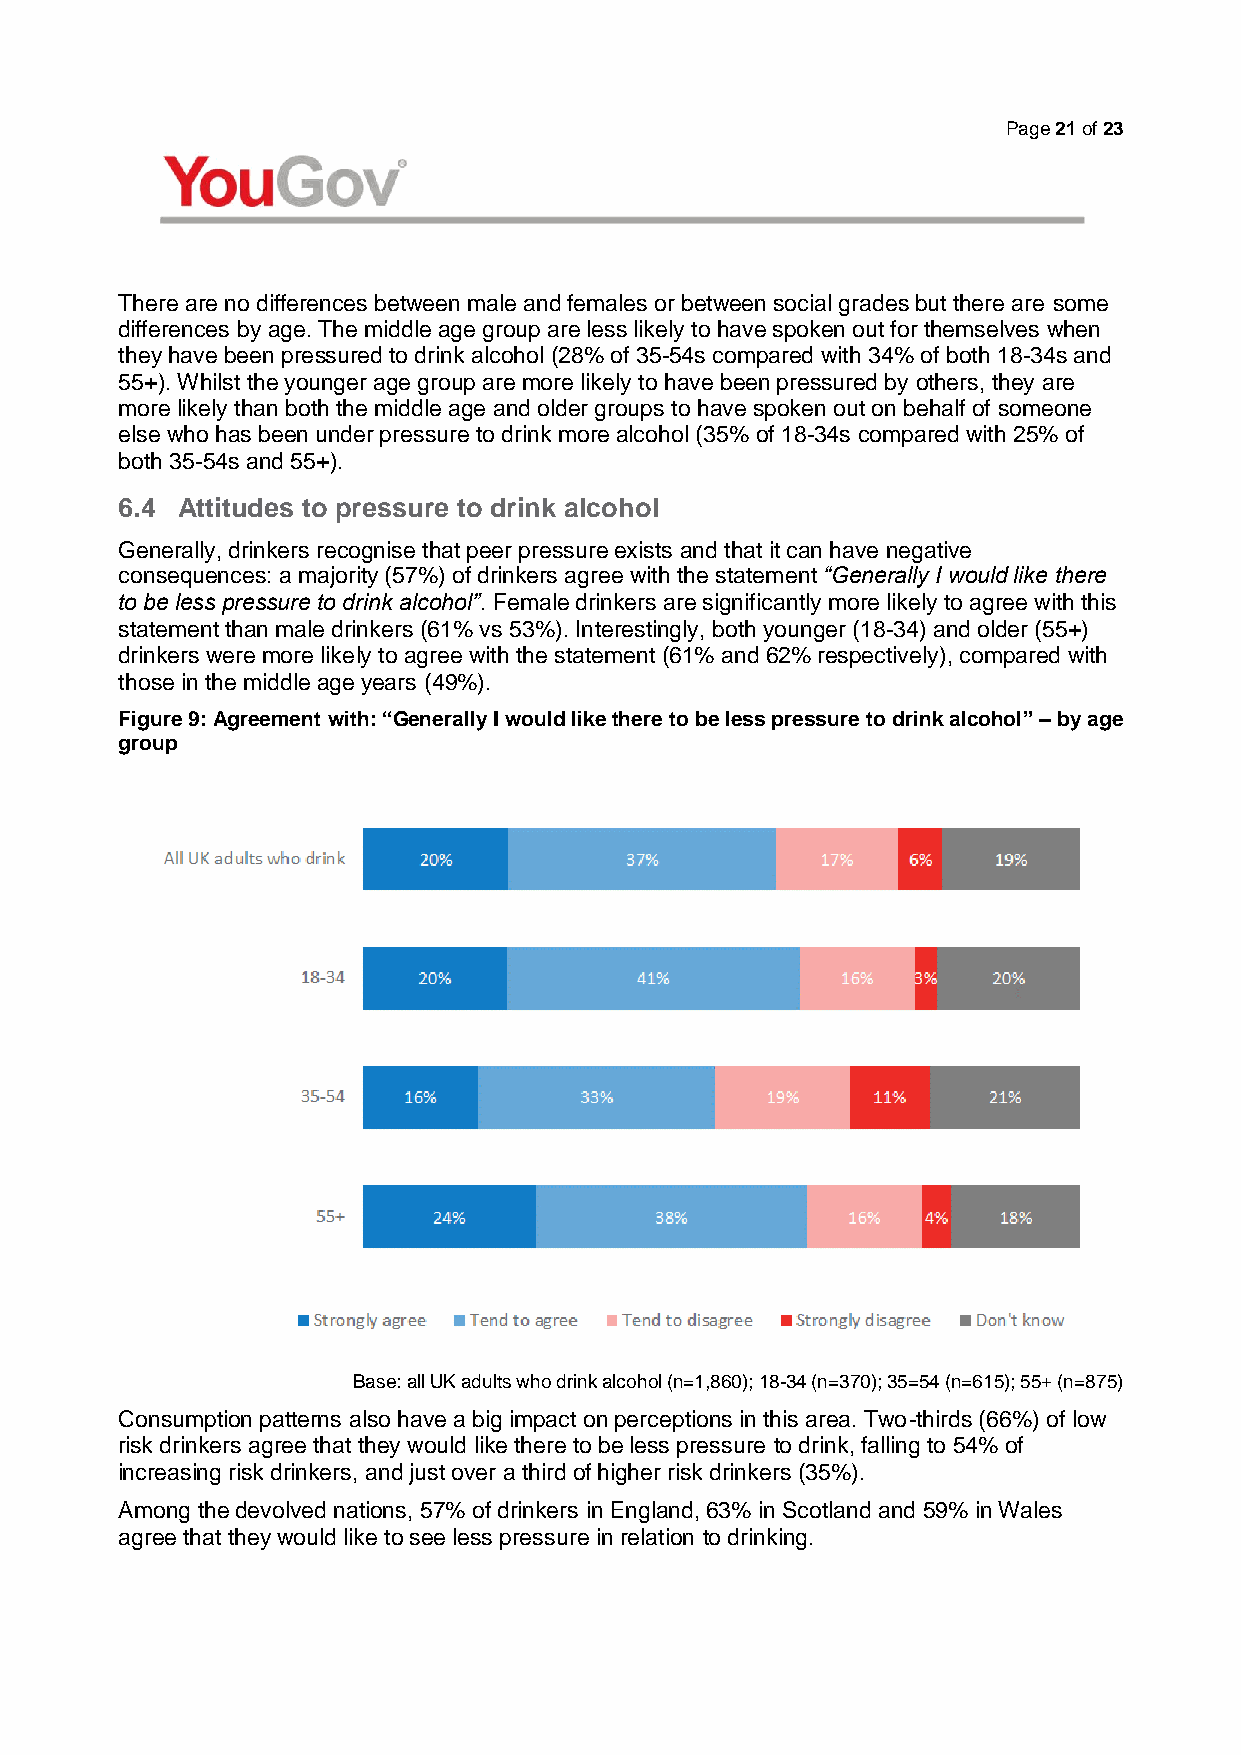
Page 21 of 23
 There are no differences between male and females or between social grades but there are some
 differences by age. The middle age group are less likely to have spoken out for themselves when
 they have been pressured to drink alcohol (28% of 35-54s compared with 34% of both 18-34s and
 55+). Whilst the younger age group are more likely to have been pressured by others, they are
 more likely than both the middle age and older groups to have spoken out on behalf of someone
 else who has been under pressure to drink more alcohol (35% of 18-34s compared with 25% of
 both 35-54s and 55+).
 6.4 Attitudes to pressure to drink alcohol
 Generally, drinkers recognise that peer pressure exists and that it can have negative
 consequences: a majority (57%) of drinkers agree with the statement “Generally I would like there
 to be less pressure to drink alcohol”. Female drinkers are significantly more likely to agree with this
 statement than male drinkers (61% vs 53%). Interestingly, both younger (18-34) and older (55+)
 drinkers were more likely to agree with the statement (61% and 62% respectively), compared with
 those in the middle age years (49%).
 Figure 9: Agreement with: “Generally I would like there to be less pressure to drink alcohol” – by age
 group
 Base: all UK adults who drink alcohol (n=1,860); 18-34 (n=370); 35=54 (n=615); 55+ (n=875)
 Consumption patterns also have a big impact on perceptions in this area. Two-thirds (66%) of low
 risk drinkers agree that they would like there to be less pressure to drink, falling to 54% of
 increasing risk drinkers, and just over a third of higher risk drinkers (35%).
 Among the devolved nations, 57% of drinkers in England, 63% in Scotland and 59% in Wales
 agree that they would like to see less pressure in relation to drinking.